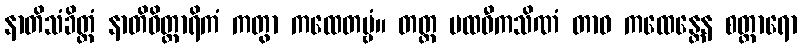
နာတိသံခိတ္တံ နာတိဝိတ္ထာရိကံ ကတွာ ကထေတဗ္ဗံ။ တတ္ထ ပထဝီကသိဏံ တာဝ ကထေန္တေန စတ္တာရော